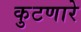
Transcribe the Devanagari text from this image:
कुटणारे